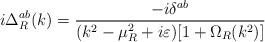
LaTeX: \begin{align*}i\Delta _R^{ab}(k)=\frac{-i\delta ^{ab}}{(k^2-\mu _R^2+i\varepsilon)[1+\Omega _R(k^2)]}\end{align*}